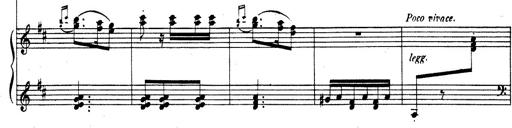
Title: Rhapsodie espagnole
Composer: Franz Liszt